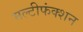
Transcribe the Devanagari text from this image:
मल्टीफंक्शन